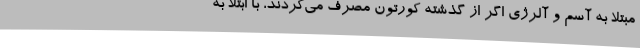
مبتلا به آسم و آلرژی اگر از گذشته کورتون مصرف می‌کردند، با ابتلا به